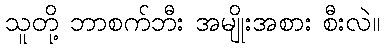
သူတို့ ဘာစက်ဘီး အမျိုးအစား စီးလဲ။